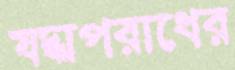
যদ্ধাপরাধের